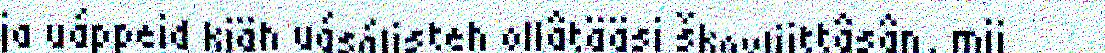
ja uáppeid kiäh uásálisteh ollâtääsi škovliittâsân, mii